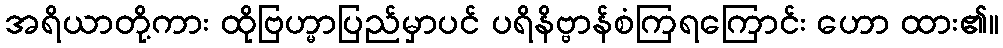
အရိယာတို့ကား ထိုဗြဟ္မာပြည်မှာပင် ပရိနိဗ္ဗာန်စံကြရကြောင်း ဟော ထား၏။